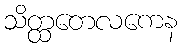
သိတ္ထတေလကေန